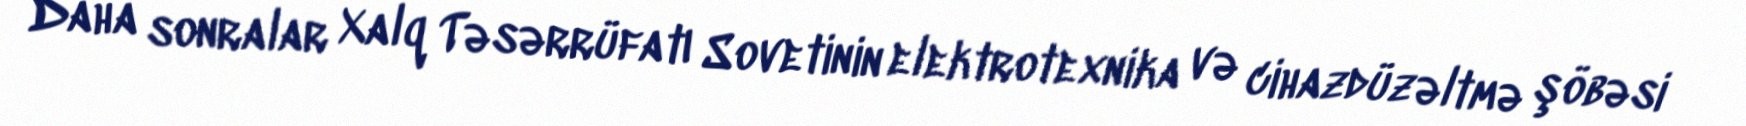
Daha sonralar Xalq Təsərrüfatı Sovetinin elektrotexnika və cihazdüzəltmə şöbəsi